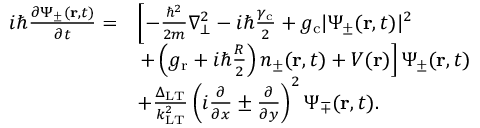
\begin{array} { r l } { i \hbar \frac { \partial \Psi _ { \pm } ( \mathbf { r } , t ) } { \partial t } = } & { \left[ - \frac { \hbar ^ { 2 } } { 2 m } \nabla _ { \bot } ^ { 2 } - i \hbar \frac { \gamma _ { \mathrm { c } } } { 2 } + g _ { \mathrm { c } } | \Psi _ { \pm } ( \mathbf { r } , t ) | ^ { 2 } \right. } \\ & { \left. + \left( g _ { \mathrm { r } } + i \hbar \frac { R } { 2 } \right) n _ { \pm } ( \mathbf { r } , t ) + V ( \mathbf { r } ) \right] \Psi _ { \pm } ( \mathbf { r } , t ) } \\ & { + \frac { \Delta _ { \mathrm { L T } } } { k _ { \mathrm { L T } } ^ { 2 } } \left( i \frac { \partial } { \partial x } \pm \frac { \partial } { \partial y } \right) ^ { 2 } \Psi _ { \mp } ( \mathbf { r } , t ) . } \end{array}